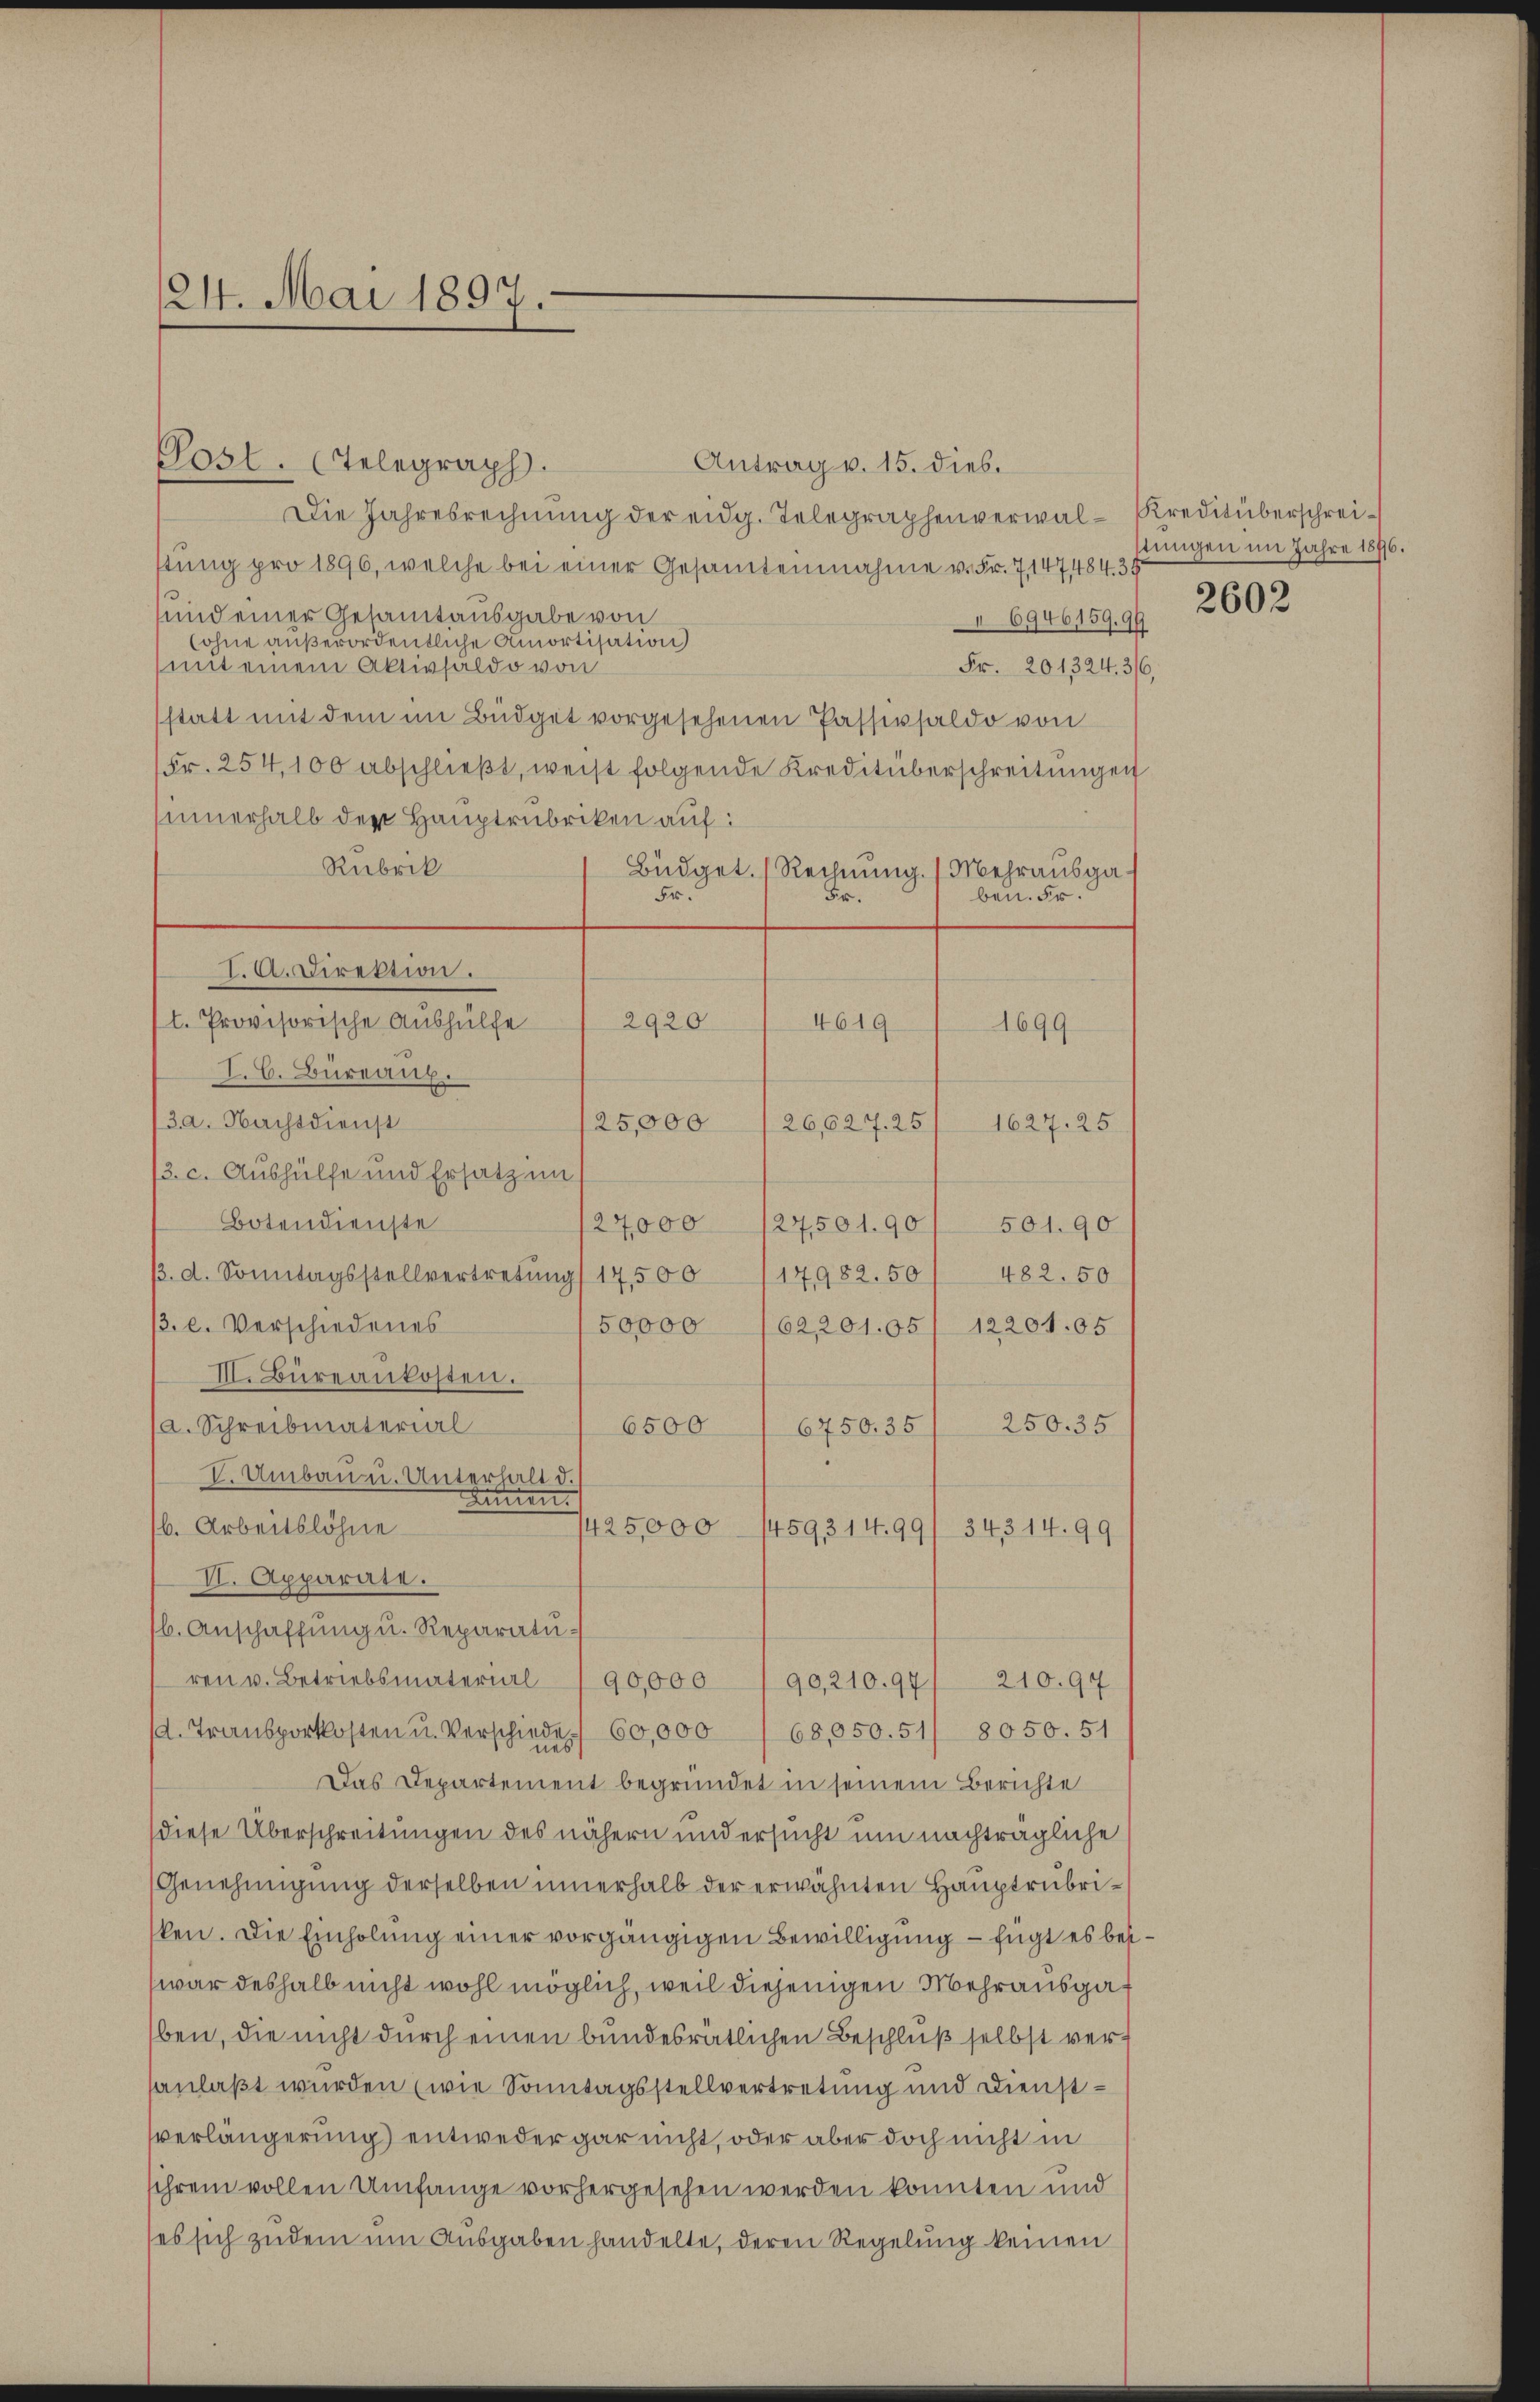
124. Mai 1897.

Posl. (Telegraph.
Antrag v. 15. Dieb.
Die Jahresrechnŭng der eidg. Telegraphenverwal-Kreditüberschrei-
stung pro 1896, welche bei einer Gesamtennahme v. Fr. 7147484. 3
3
sund einer Gesamtausgabe von
6946159. 99
(ohne außerordentliche Amortisation
mit einem Aktivsaldo von
Fr. 201324, 316,
statt mit dem im Büdget vorgesehenen Passivsaldo von
Fr. 254,100 abschlieβt, weis folgende Kreditüberschreitŭngen
sinnerhalb der Hauptrubriken auf:
Rubrik
Büdget. (Rechnung. (Mehrausga¬
Fr.
Fr.
ben. Fr.
I. A. Direktion.
l. Provisorische Aushülfe
2920
4619
1699
I. C. Büreaux
3a. Nachtdienst
25,000
1627. 25
26,027. 25
/3. c. Aushülfe und Ersatz in
Botendienste
27,000 127501.90/ 501. 90
482. 50
/. d. Sonntagsstellvertretung) 17,500/14982. 50
3. l. Verschiedenes
50000 (62,20105/ 122041.05
III. Büreaukosten.
(a. Schreibmaterial
6500
6750.35/ 250. 35
V. Umbau u. Unterhalt d.
Dimen
b. Arbeitslöhne
1425,000. 1459314.99/ 343 14. 99
VI. Apparate.
b. Anschaffung u. Reparatu-
ren u. Betriebsmateril 190,000
90,210.97
210.94
68,050.51/ 8050. 51
d. Transportkosten u. Verschiede) 60,000
Das Departement begründet in seinem Berichte
diese Überschreitungen des nähern und ersucht um nachträgliche
Genehmigung derselben innerhalb der erwähnten Hauptrubriken. Die Einholung einer vorgängigen Bewilligung – fügt es beswar deshalb nicht wohl möglich, weil diejenigen Mehrausgaben, die nicht durch einen bundesrätlichen Beschluß selbst versanlaßt wurden (wie Sonntagsstellvertretung und Dienstverlängerung) entweder gar nicht, oder aber doch nicht in
sihrem vollen Umfange vorhergesehen werden konnten und
(es sich zudem um Ausgaben handelte, deren Regelung keinen

stungen im Jahre 1896.
2602